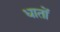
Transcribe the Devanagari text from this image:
धातों